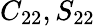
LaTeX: C_{22},S_{22}